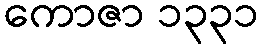
ကောဇာ ၁၃၃၁